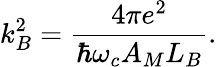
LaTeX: k_{B}^{2}={\frac{4\pi e^{2}}{\hbar\omega_{c}A_{M}L_{B}}}.